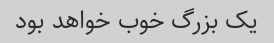
یک بزرگ خوب خواهد بود